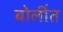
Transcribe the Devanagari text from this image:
बोलींत